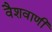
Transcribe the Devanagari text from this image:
वैशवाणी